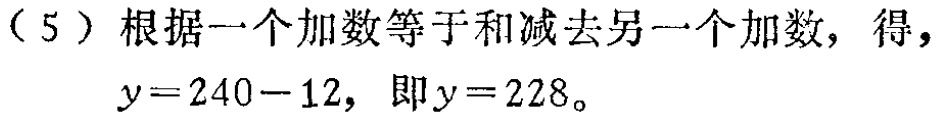
（5）根据一个加数等于和减去另一个加数，得，

\(y = 240 - 12\)，即\(y = 228\)。